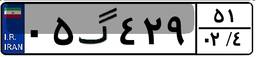
۰۵گ۴۲۹۵۱